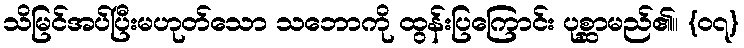
သိမြင်အပ်ပြီးမဟုတ်သော သဘောကို ထွန်းပြကြောင်း ပုစ္ဆာမည်၏။ {၀၇}